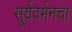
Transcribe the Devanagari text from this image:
सूर्यवर्मनचा